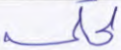
لحكمه